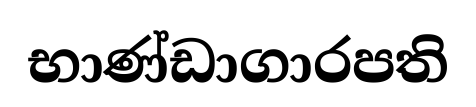
භාණ්ඩාගාරපති